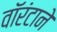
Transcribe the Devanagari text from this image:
वॉरंटाने